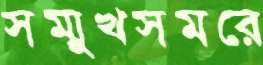
সম্মুখসমরে